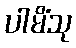
ပါမိံသု